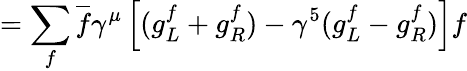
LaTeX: =\sum_{f}\overline{{f}}\gamma^{\mu}\left[(g_{L}^{f}+g_{R}^{f})-\gamma^{5}(g_{L}^{f}-g_{R}^{f})\right]f